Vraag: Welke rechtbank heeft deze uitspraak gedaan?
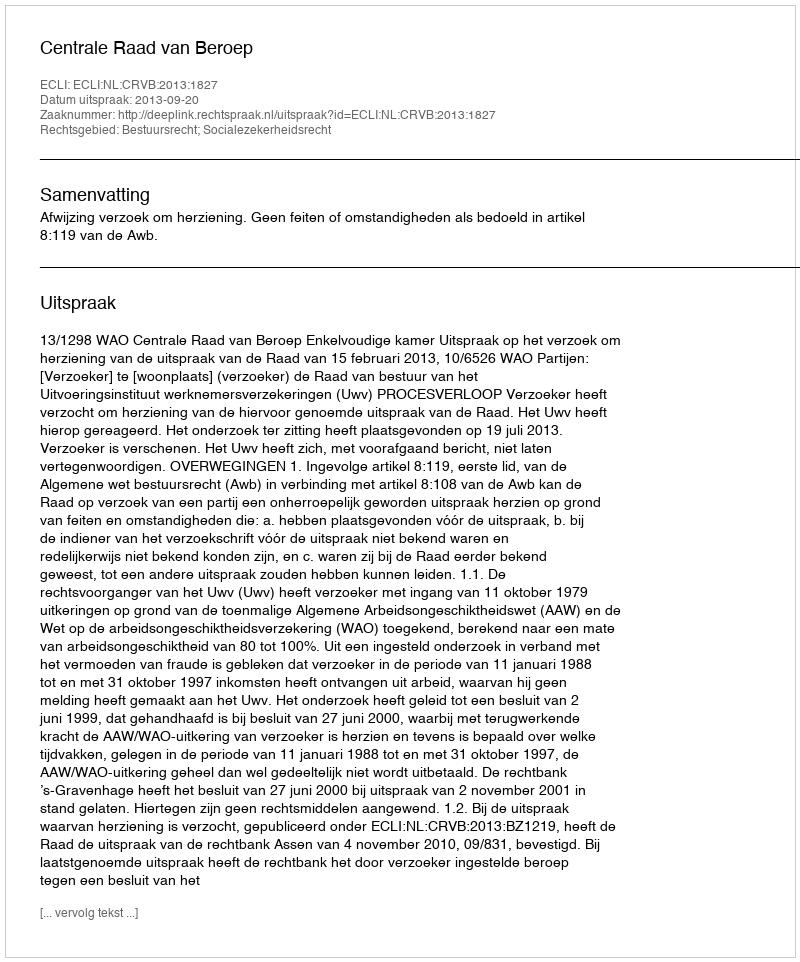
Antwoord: Centrale Raad van Beroep